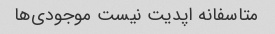
متاسفانه اپدیت نیست موجودی‌ها